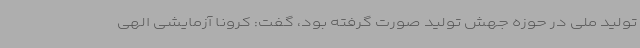
تولید ملی در حوزه جهش تولید صورت گرفته بود، گفت: کرونا آزمایشی الهی